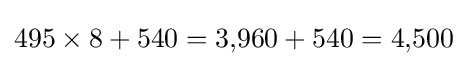
495\times 8+540=3{,}960+540=4{,}500